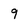
Character: 9